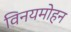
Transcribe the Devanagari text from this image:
विनयमोहन